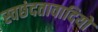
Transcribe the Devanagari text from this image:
स्वछंदतावादियों